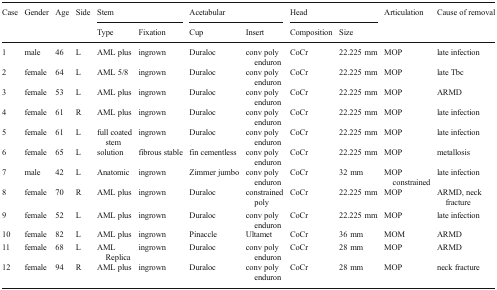
<table><thead><tr><td rowspan="2"><b>Case</b></td><td rowspan="2"><b>Gender</b></td><td rowspan="2"><b>Age</b></td><td rowspan="2"><b>Side</b></td><td colspan="2"><b>Stem</b></td><td colspan="2"><b>Acetabular</b></td><td colspan="2"><b>Head</b></td><td rowspan="2"><b>Articulation</b></td><td rowspan="2"><b>Cause of removal</b></td></tr><tr><td><b>Type</b></td><td><b>Fixation</b></td><td><b>Cup</b></td><td><b>Insert</b></td><td><b>Composition</b></td><td><b>Size</b></td></tr></thead><tbody><tr><td>1</td><td>male</td><td>46</td><td>L</td><td>AML plus</td><td>ingrown</td><td>Duraloc</td><td>conv poly enduron</td><td>CoCr</td><td>22.225 mm</td><td>MOP</td><td>late infection</td></tr><tr><td>2</td><td>female</td><td>64</td><td>L</td><td>AML 5/8</td><td>ingrown</td><td>Duraloc</td><td>conv poly enduron</td><td>CoCr</td><td>22.225 mm</td><td>MOP</td><td>late Tbc</td></tr><tr><td>3</td><td>female</td><td>53</td><td>L</td><td>AML plus</td><td>ingrown</td><td>Duraloc</td><td>conv poly enduron</td><td>CoCr</td><td>22.225 mm</td><td>MOP</td><td>ARMD</td></tr><tr><td>4</td><td>female</td><td>61</td><td>R</td><td>AML plus</td><td>ingrown</td><td>Duraloc</td><td>conv poly enduron</td><td>CoCr</td><td>22.225 mm</td><td>MOP</td><td>late infection</td></tr><tr><td>5</td><td>female</td><td>61</td><td>L</td><td>full coated stem</td><td>ingrown</td><td>Duraloc</td><td>conv poly enduron</td><td>CoCr</td><td>22.225 mm</td><td>MOP</td><td>late infection</td></tr><tr><td>6</td><td>female</td><td>65</td><td>L</td><td>solution</td><td>fibrous stable</td><td>fin cementless</td><td>conv poly enduron</td><td>CoCr</td><td>22.225 mm</td><td>MOP</td><td>metallosis</td></tr><tr><td>7</td><td>male</td><td>42</td><td>L</td><td>Anatomic</td><td>ingrown</td><td>Zimmer jumbo</td><td>conv poly enduron</td><td>CoCr</td><td>32 mm</td><td>MOP constrained</td><td>late infection</td></tr><tr><td>8</td><td>female</td><td>70</td><td>R</td><td>AML plus</td><td>ingrown</td><td>Duraloc</td><td>constrained poly</td><td>CoCr</td><td>22.225 mm</td><td>MOP</td><td>ARMD, neck fracture</td></tr><tr><td>9</td><td>female</td><td>52</td><td>L</td><td>AML plus</td><td>ingrown</td><td>Duraloc</td><td>conv poly enduron</td><td>CoCr</td><td>22.225 mm</td><td>MOP</td><td>late infection</td></tr><tr><td>10</td><td>female</td><td>82</td><td>L</td><td>AML plus</td><td>ingrown</td><td>Pinaccle</td><td>Ultamet</td><td>CoCr</td><td>36 mm</td><td>MOM</td><td>ARMD</td></tr><tr><td>11</td><td>female</td><td>68</td><td>L</td><td>AML Replica</td><td>ingrown</td><td>Duraloc</td><td>conv poly enduron</td><td>CoCr</td><td>28 mm</td><td>MOP</td><td>ARMD</td></tr><tr><td>12</td><td>female</td><td>94</td><td>R</td><td>AML plus</td><td>ingrown</td><td>Duraloc</td><td>conv poly enduron</td><td>CoCr</td><td>28 mm</td><td>MOP</td><td>neck fracture</td></tr></tbody></table>